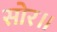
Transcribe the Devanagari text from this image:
सोर॥